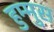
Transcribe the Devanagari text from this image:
हुम्मुस